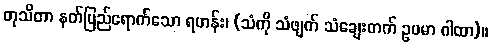
တုသိတာ နတ်ပြည်ရောက်သော ရဟန်း၊ (သံကို သံဖျက် သံချေးတက် ဥပမာ ဂါထာ)။